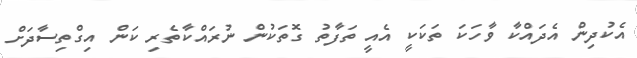
އެކުދިން އެދައްކާ ވާހަކަ ތަކަކީ އެއީ ތަފާތު ގޮތަކުން ނުރައްކާތެރި ކަން އިގްތިސާދަށް